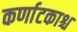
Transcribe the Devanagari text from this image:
कर्णाटकाश्च